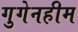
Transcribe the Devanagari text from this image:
गुगेनहीम